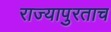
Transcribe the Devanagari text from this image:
राज्यापुरताच